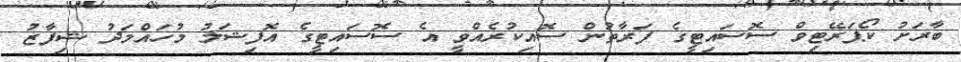
ބާރަށު ކޯޕަރޭޓިވް ސޮސައިޓީގެ ފަރާތުން ސޮއިކުރެއްވީ އެ ސޮސައިޓީގެ އޮފިޝަލު މުހައްމަދު ޝިފާޒު